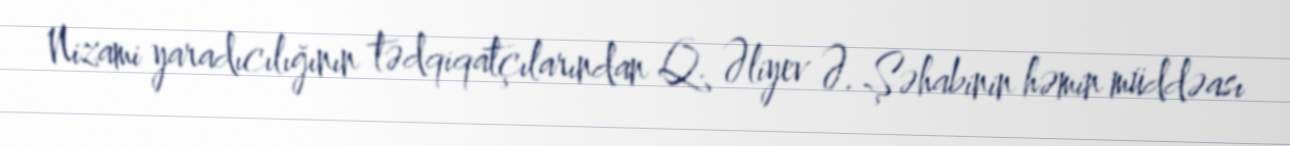
Nizami yaradıcılığının tədqiqatçılarından Q. Əliyev Ə. Şəhabinin həmin müddəası